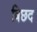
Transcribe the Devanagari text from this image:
बिछद